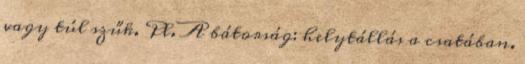
vagy túl szűk. Pl. A bátorság: helytállás a csatában.